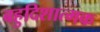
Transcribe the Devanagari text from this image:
बहुदिशात्मक